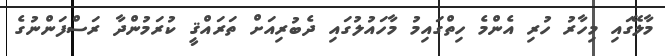
މާލޭގައި މިހާރު ހުރި އެންމެ ހިތްގައިމު މާހައުލުގައި ދެބުރިއަށް ތަރައްޤީ ކުރަމުންދާ ރަސްފަންނުގެ